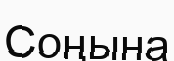
Соңына